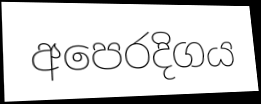
අපෙරදිගය